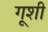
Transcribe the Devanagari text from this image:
गूशी